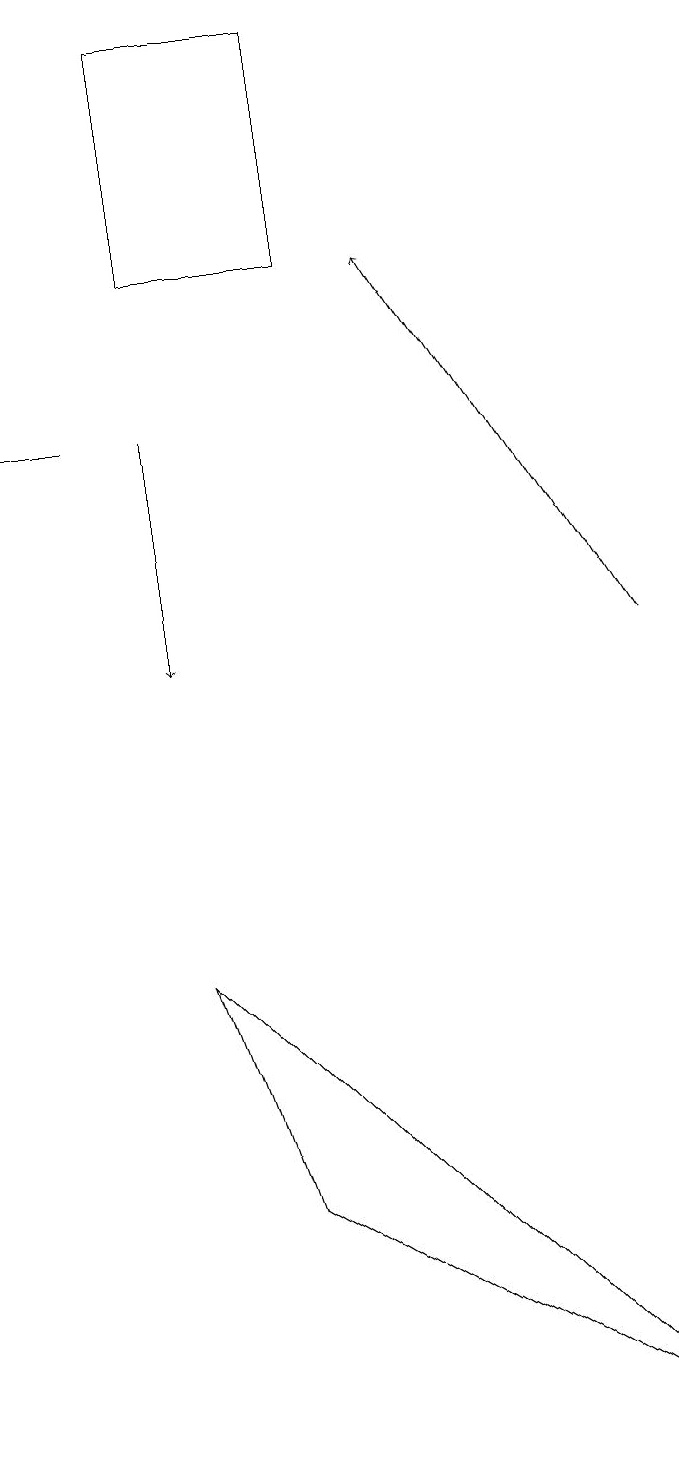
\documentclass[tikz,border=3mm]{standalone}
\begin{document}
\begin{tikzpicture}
\draw (3,3) -- (2,6) -- (8,0) -- cycle;
\draw (1,13) rectangle (0,13);
\draw (4,15) rectangle (2,18);
\draw[->] (2,13) -- (2,10);
\draw[->] (8,10) -- (5,15);
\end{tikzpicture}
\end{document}